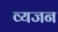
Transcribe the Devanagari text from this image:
व्यजन